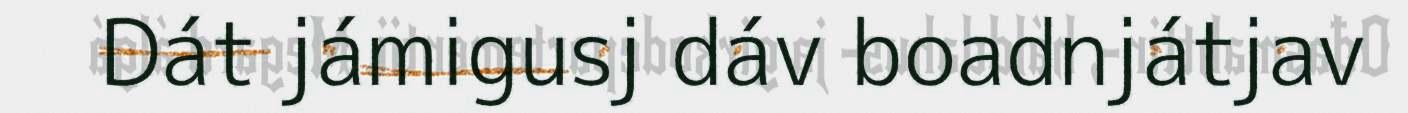
Dát jámigusj dáv boadnjátjav